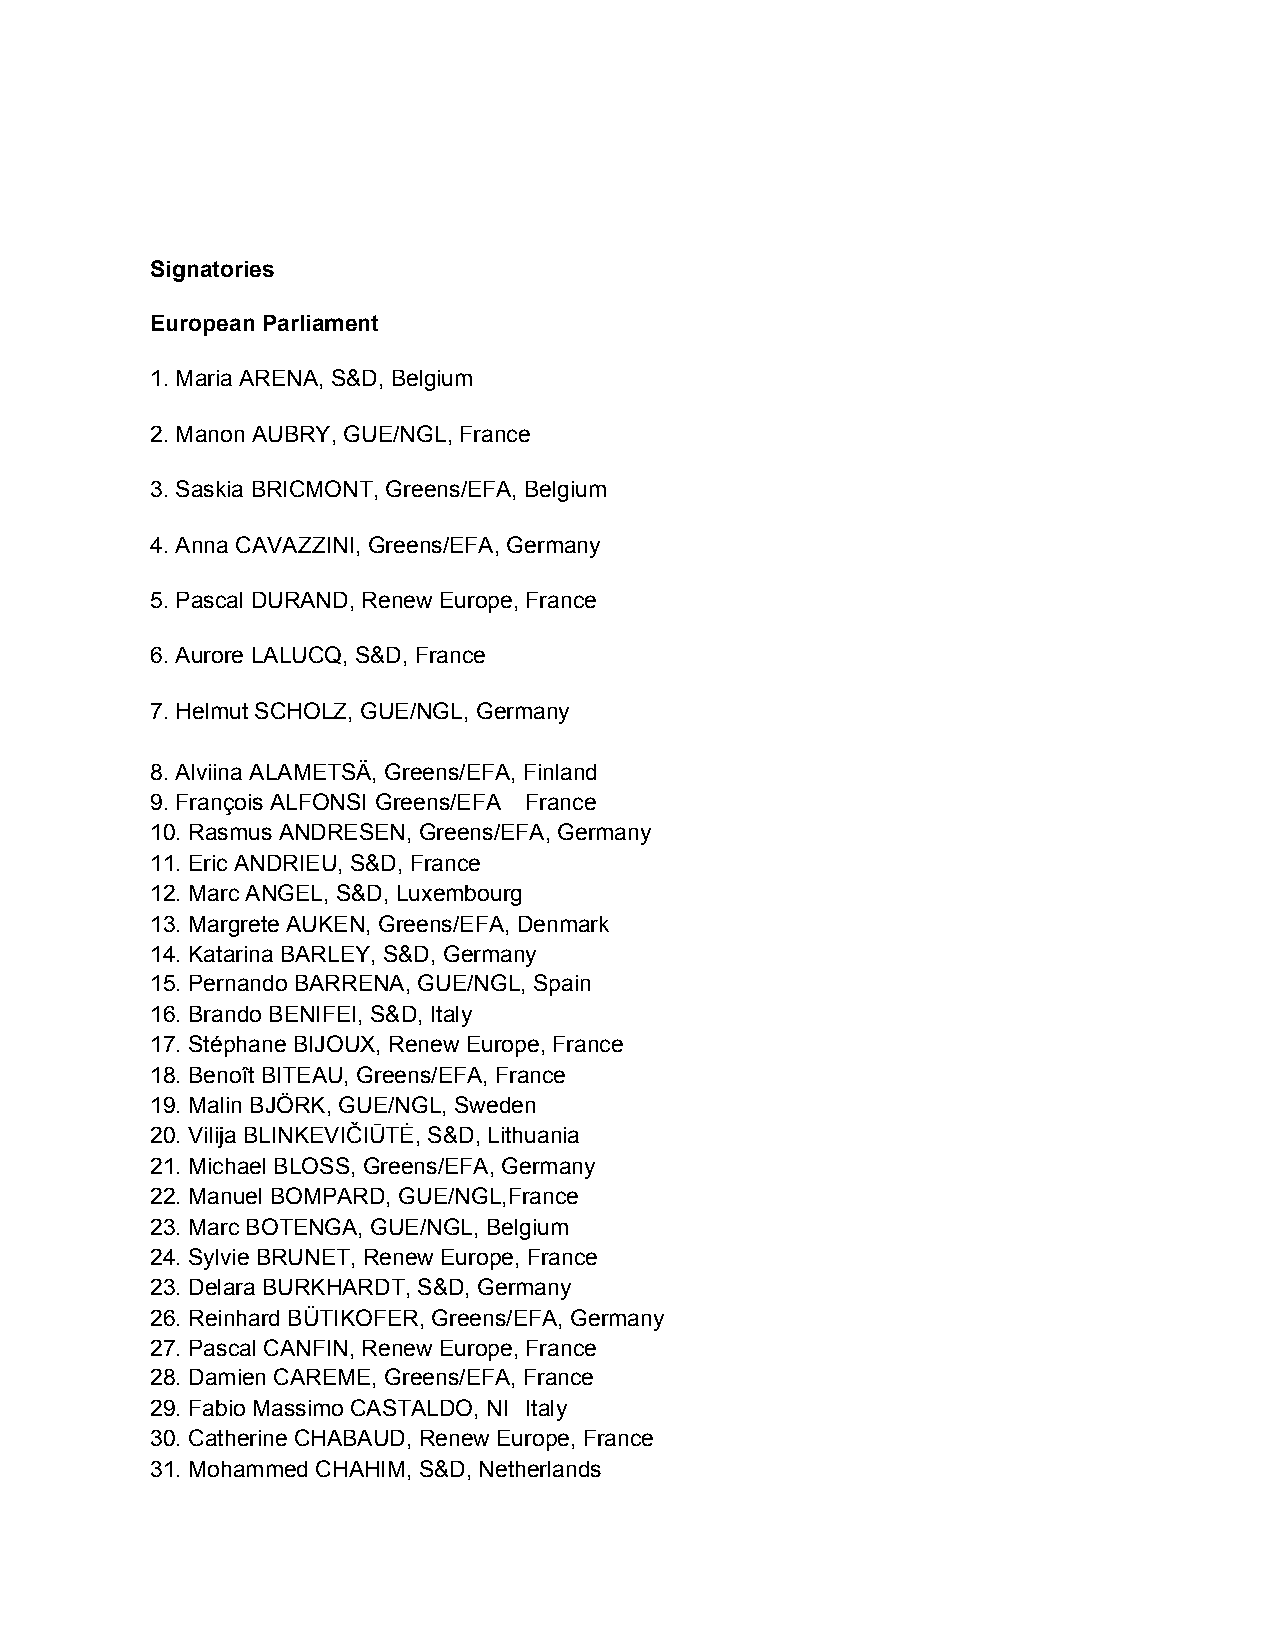
Signatories
 European Parliament
 1. Maria ARENA, S&D, Belgium
 2. Manon AUBRY, GUE/NGL, France
 3. Saskia BRICMONT, Greens/EFA, Belgium
 4. Anna CAVAZZINI, Greens/EFA, Germany
 5. Pascal DURAND, Renew Europe, France
 6. Aurore LALUCQ, S&D, France
 7. Helmut SCHOLZ, GUE/NGL, Germany
 8. Alviina ALAMETSÄ, Greens/EFA, Finland
 9. François ALFONSI Greens/EFA France
 10. Rasmus ANDRESEN, Greens/EFA, Germany
 11. Eric ANDRIEU, S&D, France
 12. Marc ANGEL, S&D, Luxembourg
 13. Margrete AUKEN, Greens/EFA, Denmark
 14. Katarina BARLEY, S&D, Germany
 15. Pernando BARRENA, GUE/NGL, Spain
 16. Brando BENIFEI, S&D, Italy
 17. Stéphane BIJOUX, Renew Europe, France
 18. Benoît BITEAU, Greens/EFA, France
 19. Malin BJÖRK, GUE/NGL, Sweden
 20. Vilija BLINKEVIČIŪTĖ, S&D, Lithuania
 21. Michael BLOSS, Greens/EFA, Germany
 22. Manuel BOMPARD, GUE/NGL,France
 23. Marc BOTENGA, GUE/NGL, Belgium
 24. Sylvie BRUNET, Renew Europe, France
 23. Delara BURKHARDT, S&D, Germany
 26. Reinhard BÜTIKOFER, Greens/EFA, Germany
 27. Pascal CANFIN, Renew Europe, France
 28. Damien CAREME, Greens/EFA, France
 29. Fabio Massimo CASTALDO, NI Italy
 30. Catherine CHABAUD, Renew Europe, France
 31. Mohammed CHAHIM, S&D, Netherlands